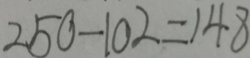
2 5 0 - 1 0 2 = 1 4 8